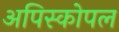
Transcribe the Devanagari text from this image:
अपिस्कोपल